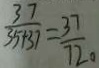
\frac { 3 7 } { 3 5 + 3 7 } = \frac { 3 7 } { 7 2 。 }